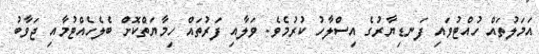
އަމަލުތައް ހުއްޓުވައި ފަނޑިޔާރުގެ އިސްލާހު ކުރުމެވެ. ވަލާއި ފަރުތައް ހިމާޔަތްކޮށް ބެލެހެއްޓުމާއި ޖަވާބު